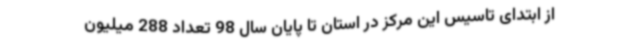
از ابتدای تاسیس این مرکز در استان تا پایان سال 98 تعداد 288 میلیون